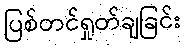
ပြစ်တင်ရှုတ်ချခြင်း